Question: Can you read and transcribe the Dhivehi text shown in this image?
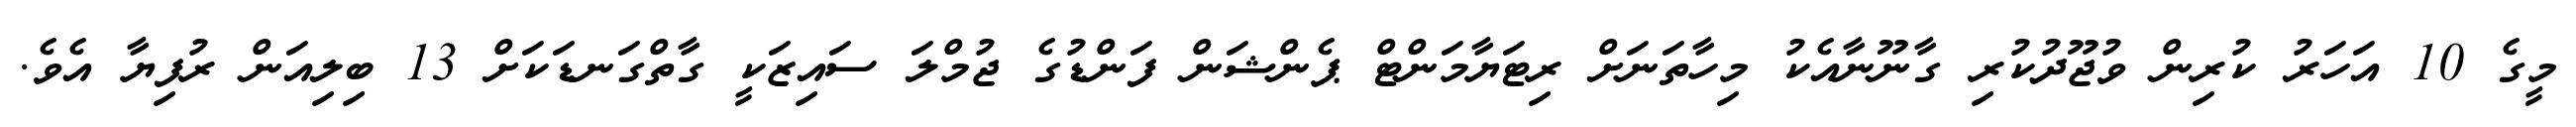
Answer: މީގެ 10 އަހަރު ކުރިން ވުޖޫދުކުރި ގާނޫނާއެކު މިހާތަނަށް ރިޓަޔާމަންޓް ޕެންޝަން ފަންޑުގެ ޖުމްލަ ސައިޒަކީ ގާތްގަނޑަކަށް 13 ބިލިއަން ރުފިޔާ އެވެ.